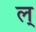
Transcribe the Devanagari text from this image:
ल्‌